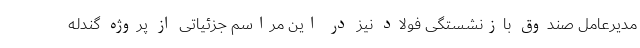
مدیرعامل صندوق بازنشستگی فولاد نیز در این مراسم جزئیاتی از پروژه گندله